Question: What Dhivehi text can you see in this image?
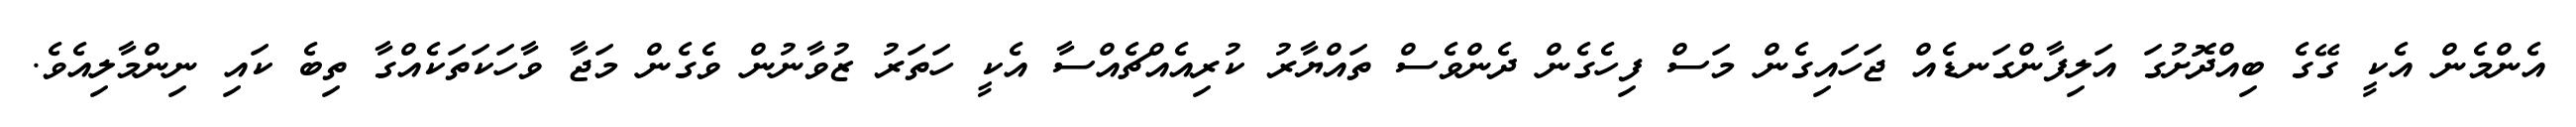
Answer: އެންމެން އެކީ ގޭގެ ބިއްދޮށުގަ އަލިފާންގަނޑެއް ޖަހައިގެން މަސް ފިހެގެން ދެންވެސް ތައްޔާރު ކުރިއެއްޗެއްސާ އެކީ ހަތަރު ޒުވާނުން ވެގެން މަޖާ ވާހަކަތަކެއްގާ ތިބެ ކައި ނިންމާލިއެވެ.